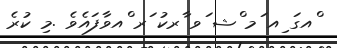
ްއގަ ިއ ަމ ްޝ ަވ ާރކު ަރ ްއވާފައެވެ .މި ކުރެ